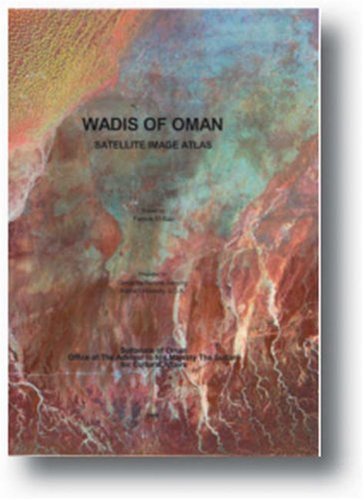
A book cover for Wadis of Oman: Satellite Image Atlas; Farouk El-Baz; Travel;